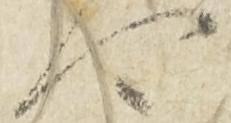
可